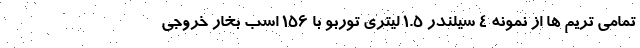
تمامی تریم ها از نمونه 4 سیلندر 1.5 لیتری توربو با 156 اسب بخار خروجی